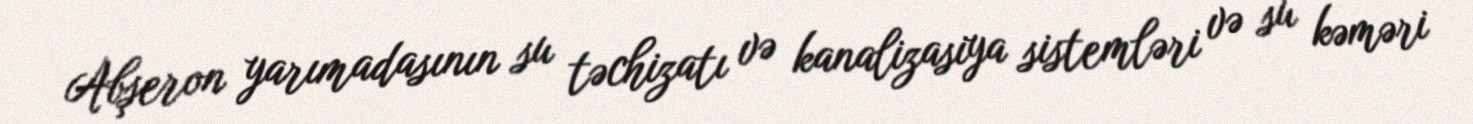
Abşeron yarımadasının su təchizatı və kanalizasiya sistemləri və su kəməri